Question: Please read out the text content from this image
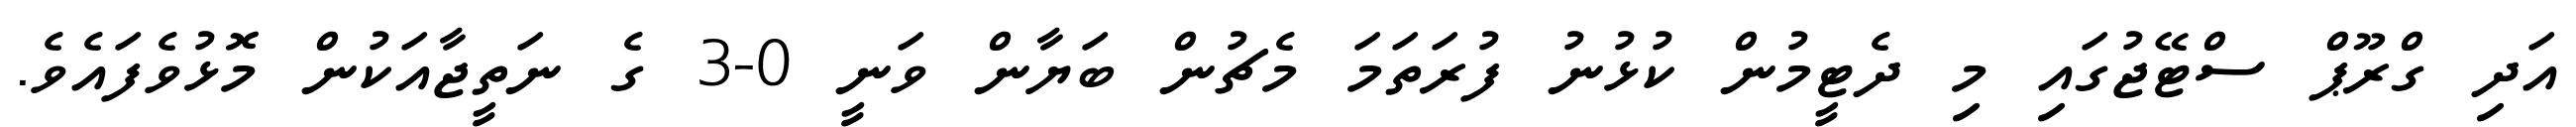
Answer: އަދި ގްރޫޕް ސްޓޭޖުގައި މި ދެޓީމުން ކުޅުނު ފުރަތަމަ މެޗުން ބަޔާން ވަނީ 0-3 ގެ ނަތީޖާއަކުން މޮޅުވެފައެވެ.